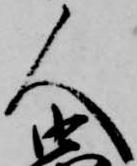
人